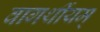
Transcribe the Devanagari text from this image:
वागर्थीयम्